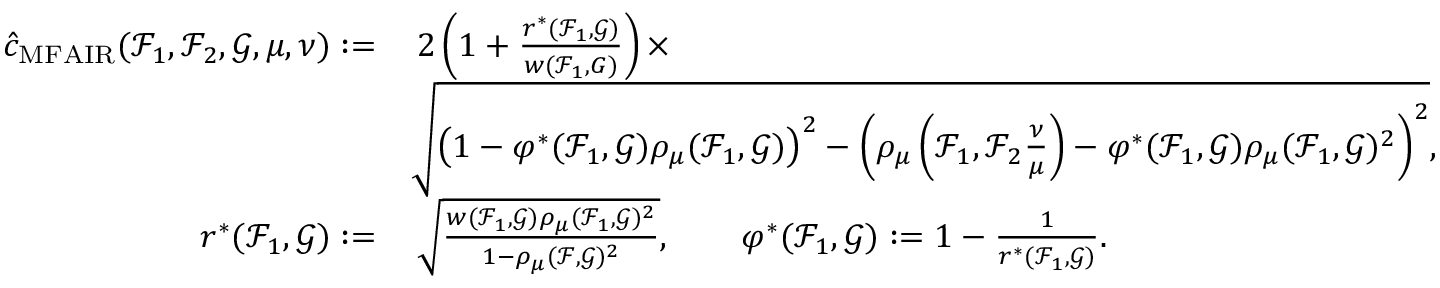
\begin{array} { r l } { \hat { c } _ { \mathrm { M F A I R } } ( \mathcal { F } _ { 1 } , \mathcal { F } _ { 2 } , \mathcal { G } , \mu , \nu ) : = } & { \, 2 \left( 1 + \frac { r ^ { \ast } ( \mathcal { F } _ { 1 } , \mathcal { G } ) } { w ( \mathcal { F } _ { 1 } , G ) } \right) \times } \\ & { \sqrt { \left( 1 - \varphi ^ { \ast } ( \mathcal { F } _ { 1 } , \mathcal { G } ) \rho _ { \mu } ( \mathcal { F } _ { 1 } , \mathcal { G } ) \right) ^ { 2 } - \left( \rho _ { \mu } \left( \mathcal { F } _ { 1 } , \mathcal { F } _ { 2 } \frac { \nu } { \mu } \right) - \varphi ^ { \ast } ( \mathcal { F } _ { 1 } , \mathcal { G } ) \rho _ { \mu } ( \mathcal { F } _ { 1 } , \mathcal { G } ) ^ { 2 } \right) ^ { 2 } } , } \\ { r ^ { \ast } ( \mathcal { F } _ { 1 } , \mathcal { G } ) : = } & { \, \sqrt { \frac { w ( \mathcal { F } _ { 1 } , \mathcal { G } ) \rho _ { \mu } ( \mathcal { F } _ { 1 } , \mathcal { G } ) ^ { 2 } } { 1 - \rho _ { \mu } ( \mathcal { F } , \mathcal { G } ) ^ { 2 } } } , \qquad \varphi ^ { \ast } ( \mathcal { F } _ { 1 } , \mathcal { G } ) : = 1 - \frac { 1 } { r ^ { \ast } ( \mathcal { F } _ { 1 } , \mathcal { G } ) } . } \end{array}